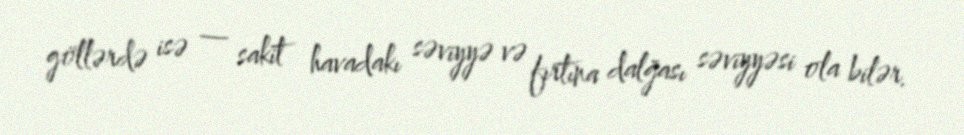
göllərdə isə — sakit havadakı səviyyə və fırtına dalğası səviyyəsi ola bilər.